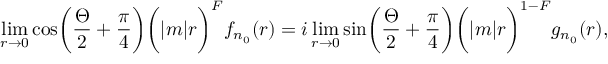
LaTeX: \operatorname * { l i m } _ { r \to 0 } \cos \biggl ( { \frac { \Theta } { 2 } } + { \frac { \pi } { 4 } } \biggr ) \biggl ( | m | r \biggr ) ^ { F } f _ { n _ { 0 } } ( r ) = i \operatorname * { l i m } _ { r \to 0 } \sin \biggl ( { \frac { \Theta } { 2 } } + { \frac { \pi } { 4 } } \biggr ) \biggl ( | m | r \biggr ) ^ { 1 - F } g _ { n _ { 0 } } ( r ) ,